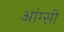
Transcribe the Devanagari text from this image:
आंग्सी